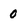
Character: 0